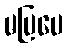
မပြပေ